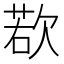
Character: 𪴰